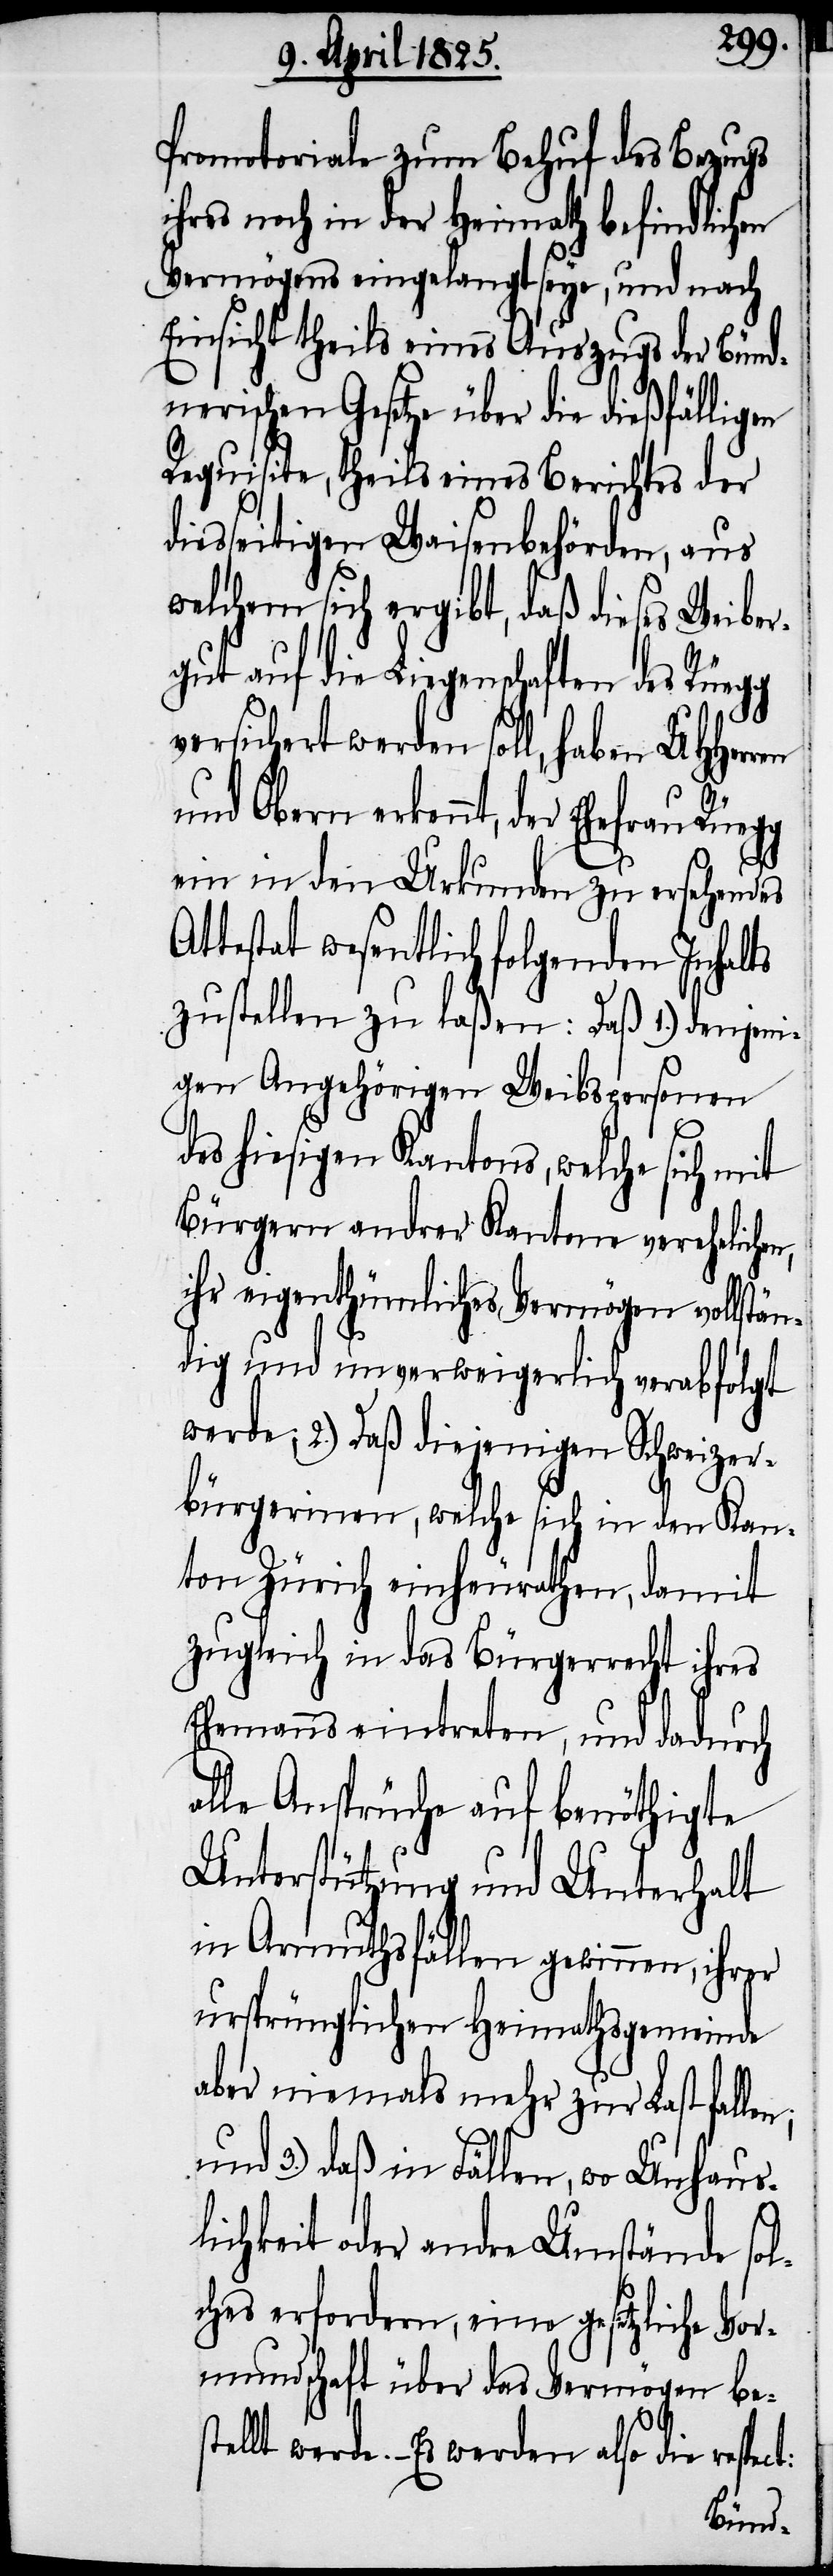
Promotoriale zum Behuf des Bezugs
ihres noch in der Heimath befindlichen
Vermögens eingelangt seye, und nach
Einsicht theils eines Auszugs der Bünd¬
nerischen Gesetze über die dießfälligen
Requisite, theils eines Berichtes der
iesseitigen Waisenbehörden, aus
welchem sich ergibt, daß dieses Weibe¬
rgut auf die Liegenschaften des Rüegg
versichert werden soll, haben UHHerr¬
und Obern erkennt, der Ehefrau
ein in den Urkunden zu ersehendes
stellt werde. – Es werden also die
zustellen zu laßen: Daß 1.) denjeni¬
gen Angehörigen Weibspersonen
n;
des hiesigen Kantons, welche sich mit
Bürgern andrer Kantone verehelichen,
ihr eigenthümliches Vermögen vollstän¬
dig und unverweigerlich verabfolgt
werde; 2.) Daß diejenigen Schweizer¬
bürgerinen, welche sich in den Kan¬
ton Zürich einheurathen, damit
zugleich in das Bürgerrecht ihres
Ehemanns eintreten, und dadurch
alle Ansprüche auf benöthigte
Unterstützung und Unterhalt
in Armuthsfällen gewinnen, ihrer
ursprünglichen Heimathsgemeinde
aber niemals mehr zur Last falle¬
und 3.) daß in Fällen, wo Unhaus¬
lichkeit oder andre Umstände sol¬
ches erfordern, eine gesetzliche Vor¬
mundschaft über das Vermögen be¬